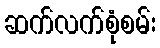
ဆက်လက်စုံစမ်း